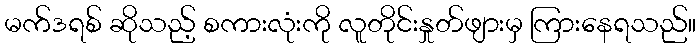
မက်ဒရစ် ဆိုသည့် စကားလုံးကို လူတိုင်းနှုတ်ဖျားမှ ကြားနေရသည်။